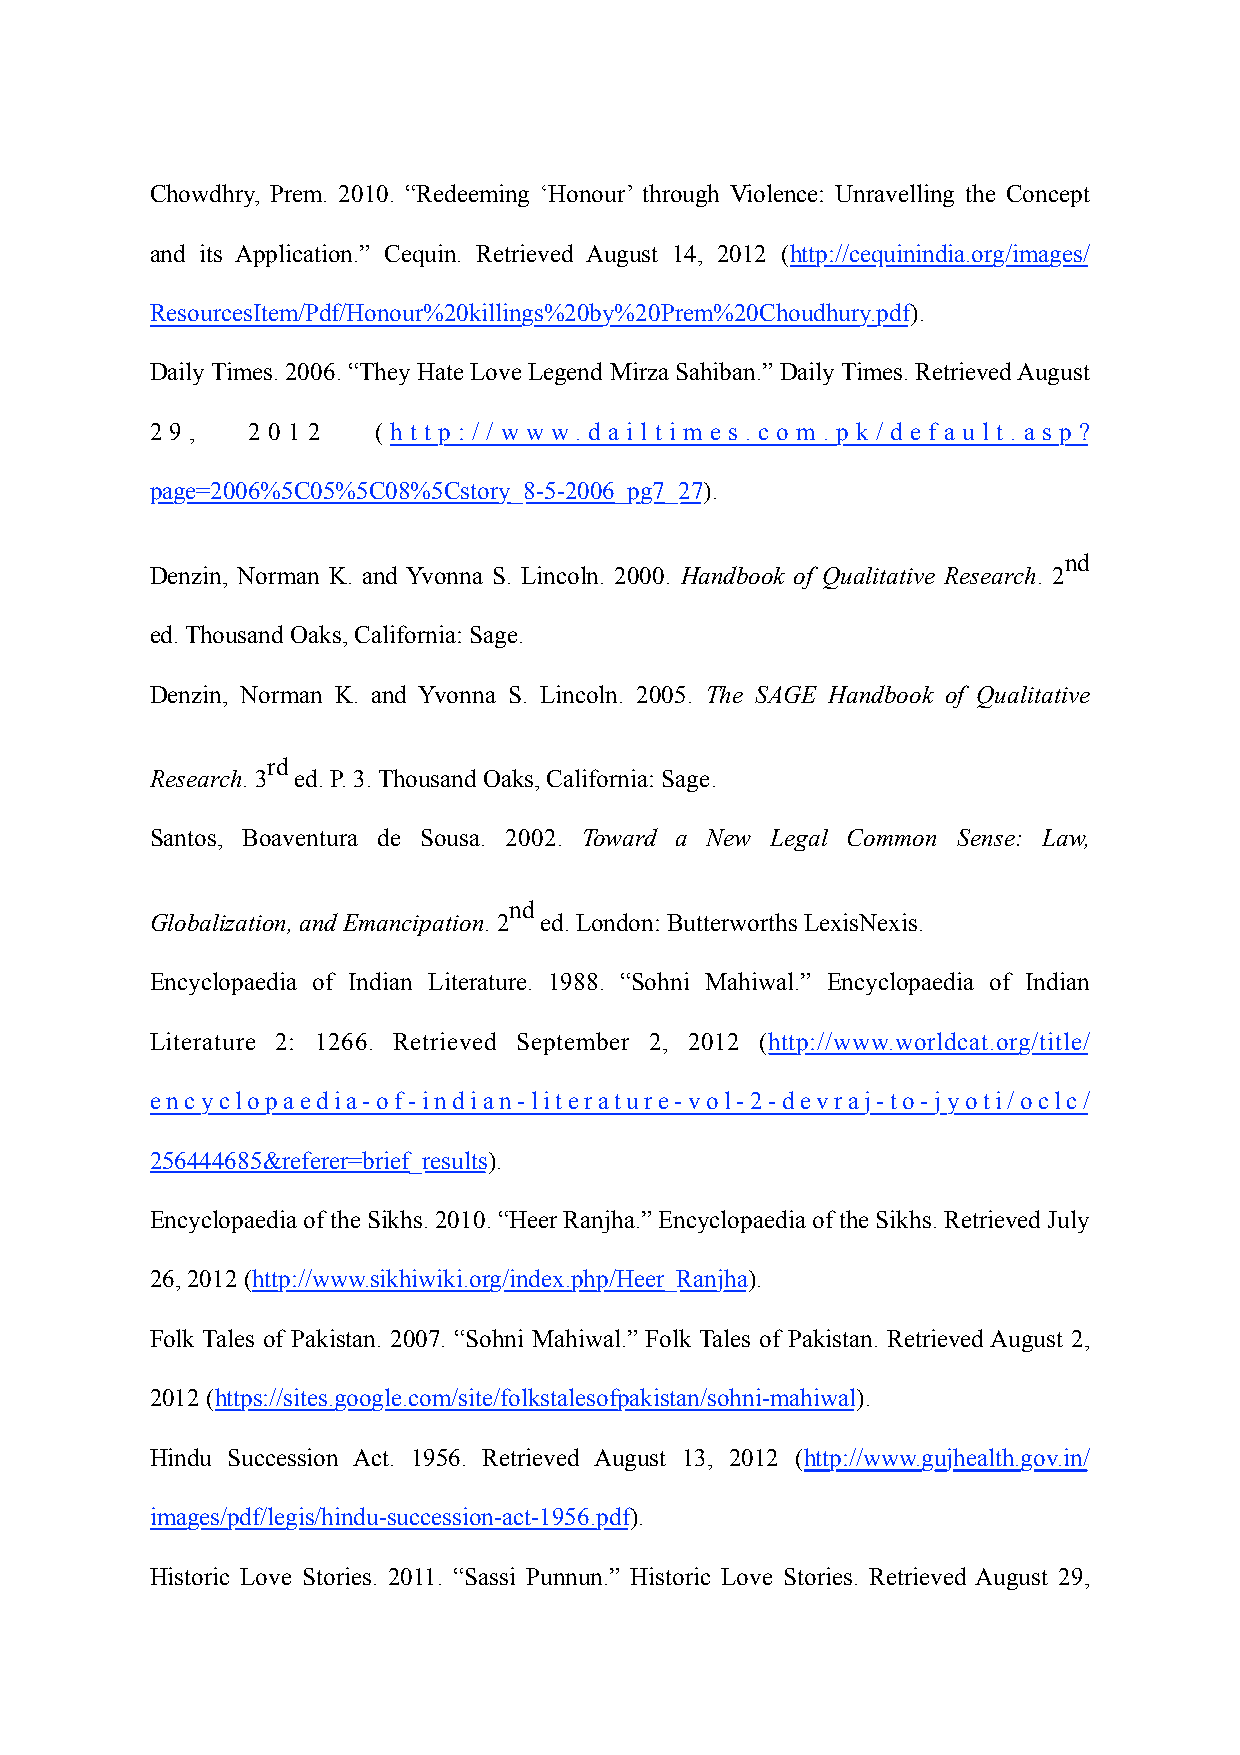
Chowdhry, Prem. 2010. “Redeeming ‘Honour’ through Violence: Unravelling the Concept
 and its Application.” Cequin. Retrieved August 14, 2012 (http://cequinindia.org/images/
 ResourcesItem/Pdf/Honour%20killings%20by%20Prem%20Choudhury.pdf).
 Daily Times. 2006. “They Hate Love Legend Mirza Sahiban.” Daily Times. Retrieved August
 2 9 ,  2 0 1 2 ( h t t p : / / w w w. d a i l t i m e s . c o m . p k / d e f a u l t . a s p ?
 page=2006%5C05%5C08%5Cstory_8-5-2006_pg7_27).
 nd
 Denzin, Norman K. and Yvonna S. Lincoln. 2000. Handbook of Qualitative Research. 2
 ed. Thousand Oaks, California: Sage.
 Denzin, Norman K. and Yvonna S. Lincoln. 2005. The SAGE Handbook of Qualitative
 rd
 Research. 3 ed. P. 3. Thousand Oaks, California: Sage.
 Santos, Boaventura de Sousa. 2002. Toward a New Legal Common Sense: Law,
 nd
 Globalization, and Emancipation. 2 ed. London: Butterworths LexisNexis.
 Encyclopaedia of Indian Literature. 1988. “Sohni Mahiwal.” Encyclopaedia of Indian
 Literature 2: 1266. Retrieved September 2, 2012 (http://www.worldcat.org/title/
 encyclopaedia-of-indian-literature-vol-2-devraj-to-jyoti/oclc/
 256444685&referer=brief_results).
 Encyclopaedia of the Sikhs. 2010. “Heer Ranjha.” Encyclopaedia of the Sikhs. Retrieved July
 26, 2012 (http://www.sikhiwiki.org/index.php/Heer_Ranjha).
 Folk Tales of Pakistan. 2007. “Sohni Mahiwal.” Folk Tales of Pakistan. Retrieved August 2,
 2012 (https://sites.google.com/site/folkstalesofpakistan/sohni-mahiwal).
 Hindu Succession Act. 1956. Retrieved August 13, 2012 (http://www.gujhealth.gov.in/
 images/pdf/legis/hindu-succession-act-1956.pdf).
 Historic Love Stories. 2011. “Sassi Punnun.” Historic Love Stories. Retrieved August 29,